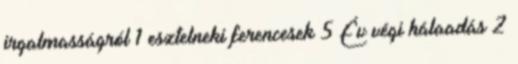
irgalmasságról 1 esztelneki ferencesek 5 Év végi hálaadás 2